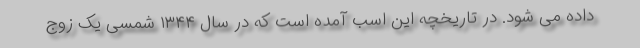
داده می شود. در تاریخچه این اسب آمده است که در سال ۱۳۴۴ شمسی یک زوج